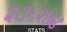
૨૩૬૨૪૪